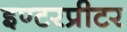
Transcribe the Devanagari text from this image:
इण्टरप्रीटर